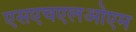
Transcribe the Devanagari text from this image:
एसएचएलओएम